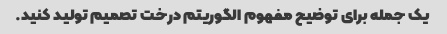
یک جمله برای توضیح مفهوم الگوریتم درخت تصمیم تولید کنید.